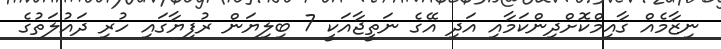
ނިޒާމެއް ގާއިމްކޮށްދިންކަމާއި އަދި އޭގެ ނަތީޖާއަކީ 7 ބިލިޔަން ރުފިޔާގައި ހުރި ދައުލަތުގެ